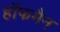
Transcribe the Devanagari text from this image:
हाॅफमैन